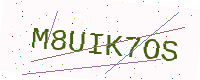
Text: M8UIK7OS